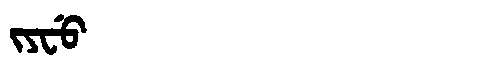
Manchu: ᠵᠶᠸᡠ
Romanization: JYFU